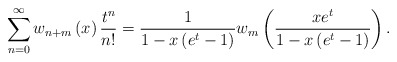
\begin{align*}\sum_{n=0}^{\infty}w_{n+m}\left( x\right) \frac{t^{n}}{n!}=\frac{1}{1-x\left( e^{t}-1\right) }w_{m}\left( \frac{xe^{t}}{1-x\left(e^{t}-1\right) }\right) . \end{align*}